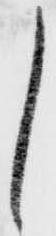
し